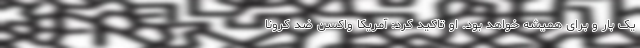
یک بار و برای همیشه خواهد بود. او تاکید کرد: آمریکا واکسن ضد کرونا